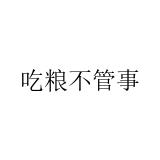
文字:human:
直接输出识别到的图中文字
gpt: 吃粮不管事